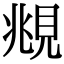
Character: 覜